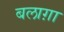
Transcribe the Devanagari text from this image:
बलाग़ा